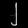
Digit: ၂